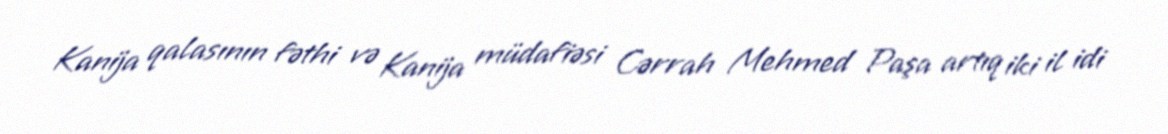
Kanija qalasının fəthi və Kanija müdafiəsi Cərrah Mehmed Paşa artıq iki il idi